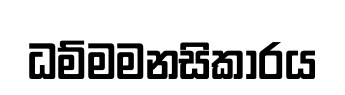
ධම්මමනසිකාරය